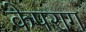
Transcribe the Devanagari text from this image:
केपराग